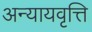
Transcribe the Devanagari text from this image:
अन्यायवृत्ति